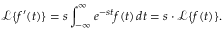
{ \mathcal { L } } \{ f ^ { \prime } ( t ) \} = s \int _ { - \infty } ^ { \infty } e ^ { - s t } f ( t ) \, d t = s \cdot { \mathcal { L } } \{ f ( t ) \} .